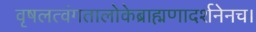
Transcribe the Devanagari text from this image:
वृषलत्वंगतालोकेब्राह्मणादर्शनेनच।